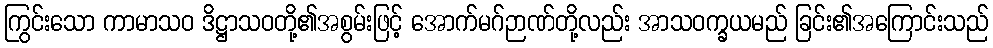
ကြွင်းသော ကာမာသဝ ဒိဋ္ဌာသဝတို့၏အစွမ်းဖြင့် အောက်မဂ်ဉာဏ်တို့လည်း အာသဝက္ခယမည် ခြင်း၏အကြောင်းသည်